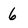
Character: 6